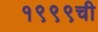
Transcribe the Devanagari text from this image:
१९९९ची